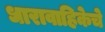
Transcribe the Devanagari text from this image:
धारावाहिकेचे